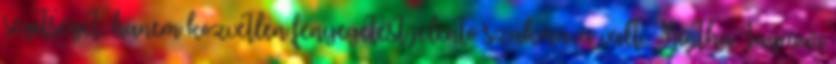
segítséget, hanem közvetlen fenyegetést jelentő szakmává vált. Mintha Ingmar